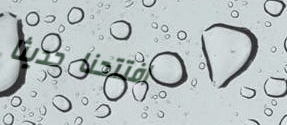
افتتحنا حديثاً